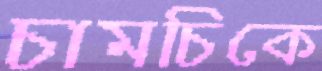
চামচিকে